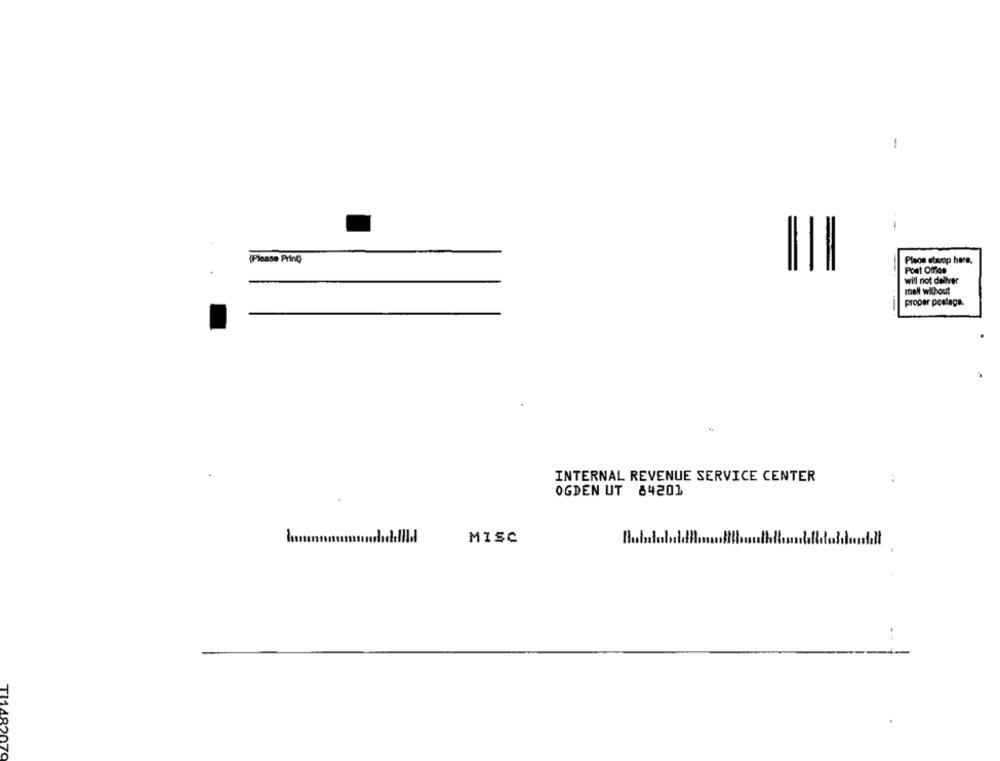
-.
--
(Please Print)
Place stamp here.
Post Office
will not dellver
mal without
proper postage.
INTERNAL REVENUE SERVICE CENTER
:
OGDEN UT 84201
MISC
TI